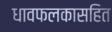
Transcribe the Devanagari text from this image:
धावफलकासहित